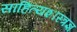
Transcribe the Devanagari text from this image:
साहित्यशास्त्रज्ञ